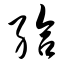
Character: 给